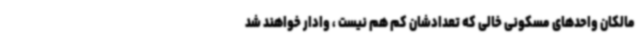
مالکان واحدهای مسکونی خالی که تعدادشان کم هم نیست ، وادار خواهند شد